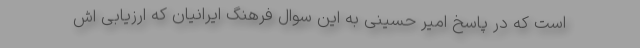
است که در پاسخ امیر حسینی به این سوال فرهنگ ایرانیان که ارزیابی اش